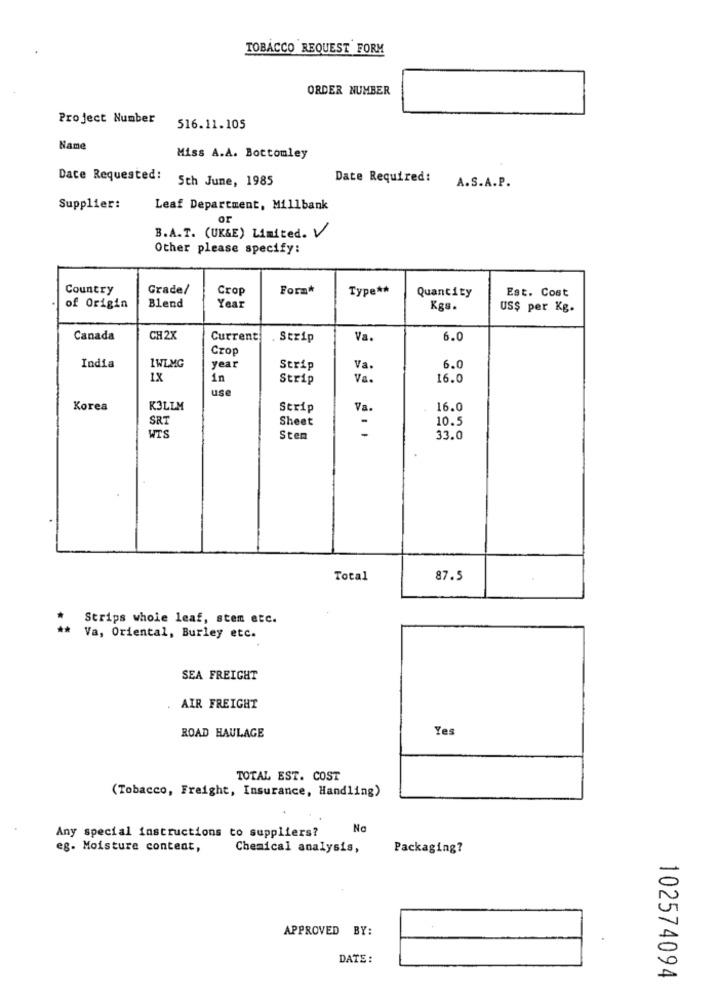
TOBACCO REQUEST FORM
ORDER NUMBER
Project Number
516.11.105
Name
Miss A.A. Bottomley
Dace Requested:
5th June, 1985
Date Required:
A.S.A.P.
Supplier:
Leaf Department, Millbank
Or
B.A.T. (UK&E) Limited. V
Other please specify:
Country
Grade/
Crop
Form*
Type **
Quantity
Est. Cost
of Origin
Blend
Year
Kgs.
US$ per Kg.
Canada
CH2X
Current
. Strip
Va.
6.0
Crop
India
1WLMG
year
Strip
Va.
6.0
1X
in
Strip
Va.
16.0
use
Korea
K3LEM
Strip
Va.
16.0
SRT
Sheet
10.5
-
WTS
Sten
33.0
Total
87.5
Strips whole leaf, sten etc.
Va, Oriental, Burley etc.
SEA FREIGHT
AIR FREIGHT
Yes
ROAD HAULAGE
TOTAL EST. COST
(Tobacco, Freight, Insurance, Handling)
Any special instructions to suppliers?
Na
eg. Moisture content,
Chemical analysis,
Packaging?
APPROVED BY:
DATE :
102574094